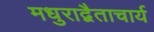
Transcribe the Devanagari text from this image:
मधुराद्वैताचार्य